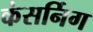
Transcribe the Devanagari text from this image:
कंसर्निग